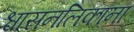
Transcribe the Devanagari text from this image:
श्वासनलिकाना